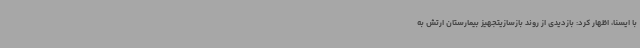
با ایسنا، اظهار کرد: بازدیدی از روند بازسازیتجهیز بیمارستان ارتش به